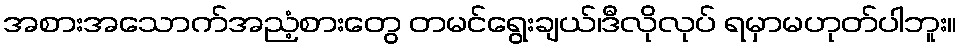
အစားအသောက်အညံ့စားတွေ တမင်ရွေးချယ်၊ဒီလိုလုပ် ရမှာမဟုတ်ပါဘူး။